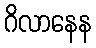
ဂိလာနေန